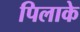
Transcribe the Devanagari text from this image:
पिलाके